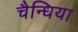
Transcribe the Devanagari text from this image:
चैन्धिया